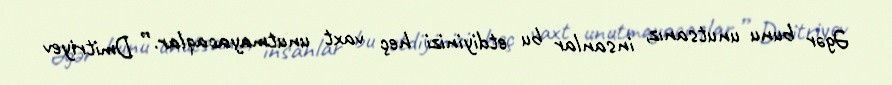
Əgər bunu unutsanız, insanlar bu etdiyinizi heç vaxt unutmayacaqlar.” Dmitriyev